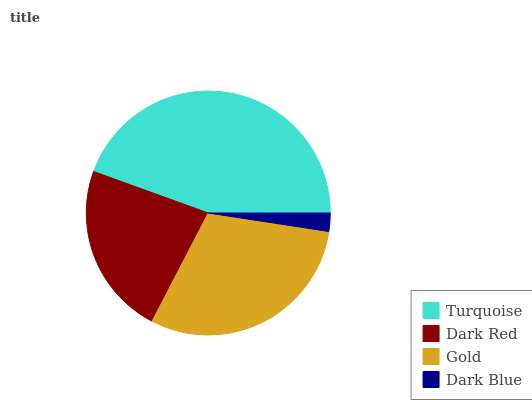
| Turquoise | Dark Red | Gold | Dark Blue |
 | --- | --- | --- | --- |
 | 44.4% | 22.9% | 30.2% | 2.42% |